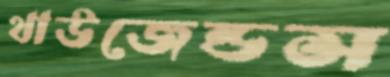
থাউজেন্ডস